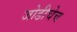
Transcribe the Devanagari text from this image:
जोडीचेच